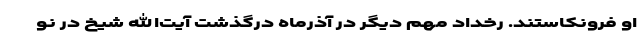
او فرونکاستند. رخداد مهم دیگر در آذرماه درگذشت آیت‌الله شیخ در نو